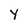
Character: Y